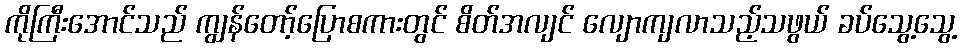
ကိုကြီးအောင်သည် ကျွန်တော့်ပြောစကားတွင် စိတ်အလျင် လျောကျလာသည့်သဖွယ် ခပ်သွေ့သွေ့